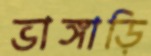
ভাঙ্গাড়ি